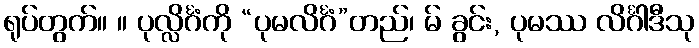
ရုပ်တွက်။ ။ ပုလ္လိင်္ဂံကို “ပုမလိင်္ဂံ”တည်၊ မ် ခွင်း, ပုမဿ လိင်္ဂါဒီသု